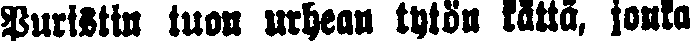
Puristin tuon urhean tytön kättä, jonka